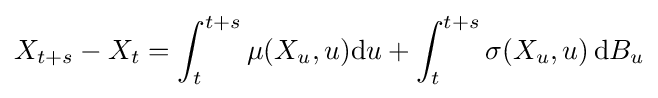
X_{t+s}-X_{t}=\int _{t}^{t+s}\mu (X_{u},u)\mathrm {d} u+\int _{t}^{t+s}\sigma (X_{u},u)\,\mathrm {d} B_{u}